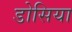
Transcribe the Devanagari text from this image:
डोसिया